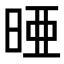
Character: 𪰥